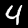
Label: 4